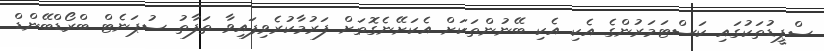
ސްޕީޑުތަކުގައި ކަސްޓަމަރުންގެ އެކި އެކި ބޭނުންތަކަށް އެކަށޭނެގޮތަށް ފަރުމާކުރެވިފައިވާ ތަފާތު ސުޕަނެޓް ބްރޯޑްބޭންޑް